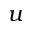
u